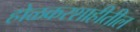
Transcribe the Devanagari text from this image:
होळकरशाहीतील